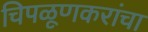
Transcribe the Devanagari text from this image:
चिपळूणकरांचा